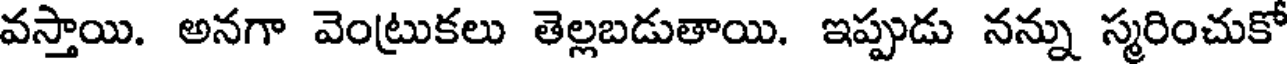
వస్తాయి. అనగా వెంట్రుకలు తెల్లబడుతాయి. ఇప్పుడు నన్ను స్మరించుకో